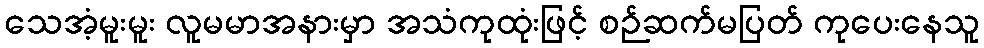
သေအံ့မူးမူး လူမမာအနားမှာ အသံကုထုံးဖြင့် စဉ်ဆက်မပြတ် ကုပေးနေသူ